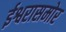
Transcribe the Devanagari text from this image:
ईश्वरासमोर